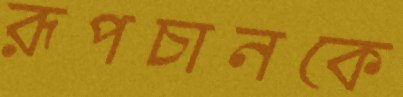
রূপচানকে